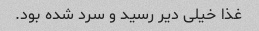
غذا خیلی دیر رسید و سرد شده بود.